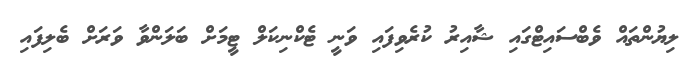
ލިޔުންތައް ވެބްސައިޓްގައި ޝާއިރު ކުރެވިފައި ވަނީ ޓެކްނިކަލް ޓީމަށް ބަލަންވާ ވަރަށް ބެލިފައި